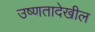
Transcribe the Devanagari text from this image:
उष्णतादेखील